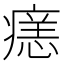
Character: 𭼞